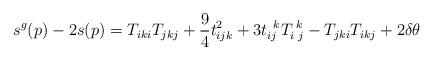
LaTeX: \begin{align*}s^g(p)-2s(p) &= T_{iki}T_{jkj} + \frac94t_{ijk}^2 + 3t_{ij}^{\;\;k}T_{i\,\,j}^{\,\,k} - T_{jki}T_{ikj} + 2\delta\theta\end{align*}